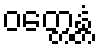
ဝတ္တေန္တံ